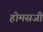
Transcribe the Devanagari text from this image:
होमसजी